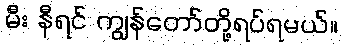
မီး နီရင် ကျွန်တော်တို့ရပ်ရမယ်။